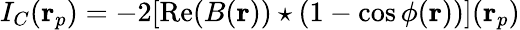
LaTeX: I_{C}(\mathbf{r}_{p})=-2[\mathrm{Re}(B(\mathbf{r}))\star(1-\cos\phi(\mathbf{r}))](\mathbf{r}_{p})